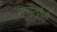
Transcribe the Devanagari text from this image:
फ़्लोरपैनों